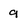
Character: 9